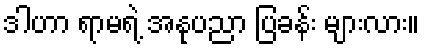
ဒါဟာ ရာမရဲ့ အနုပညာ ပြခန်း များလား။